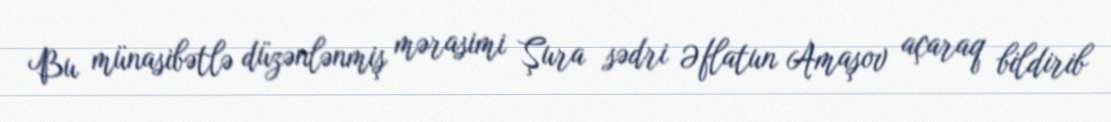
Bu münasibətlə düzənlənmiş mərasimi Şura sədri Əflatun Amaşov açaraq bildirib